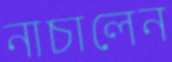
নাচালেন